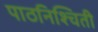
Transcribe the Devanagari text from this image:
पाठनिश्चिती